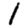
Digit: 1